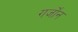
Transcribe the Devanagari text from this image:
गर्जोंन